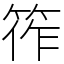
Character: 筰